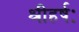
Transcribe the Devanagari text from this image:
श्रीहर्षः